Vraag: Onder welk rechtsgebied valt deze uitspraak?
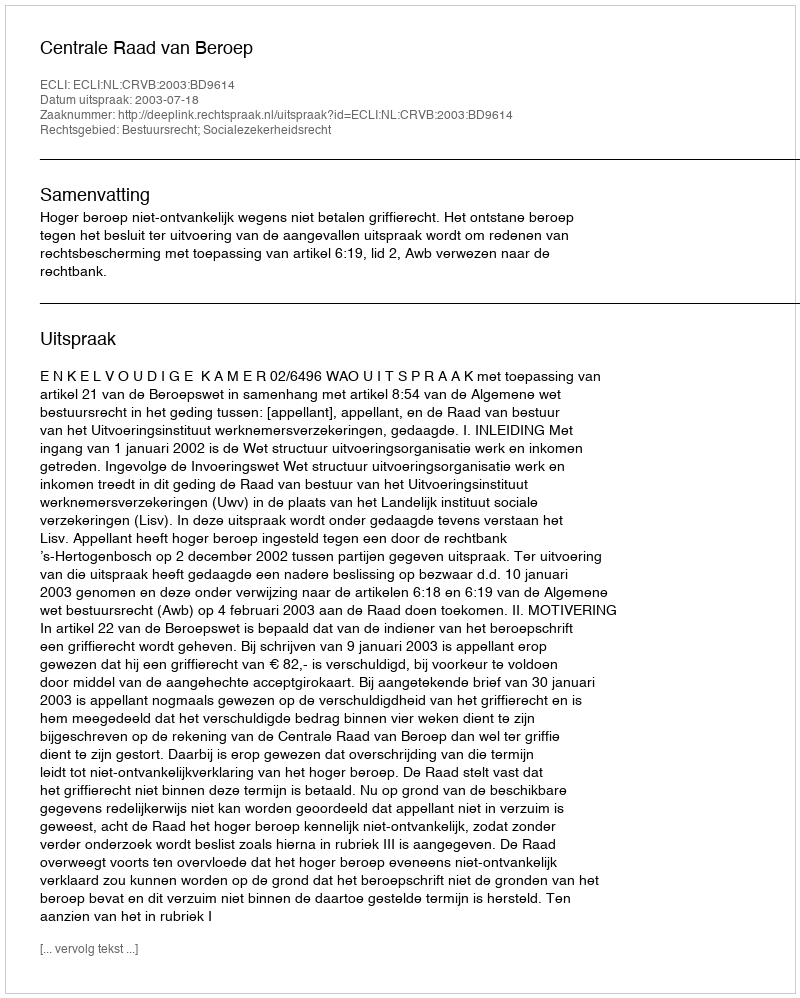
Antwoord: Bestuursrecht; Socialezekerheidsrecht